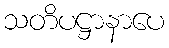
သတိပဋ္ဌာနာပေ